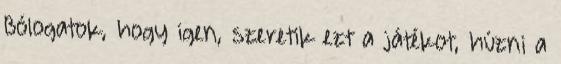
Bólogatok, hogy igen, szeretik ezt a játékot, húzni a